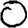
Digit: 0